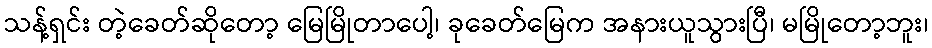
သန့်ရှင်း တဲ့ခေတ်ဆိုတော့ မြေမြိုတာပေါ့၊ ခုခေတ်မြေက အနားယူသွားပြီ၊ မမြိုတော့ဘူး၊